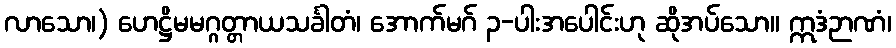
လာသော၊) ဟေဋ္ဌိမမဂ္ဂတ္တာယသင်္ခါတံ၊ အောက်မဂ် ၃-ပါးအပေါင်းဟု ဆိုအပ်သော။ ဣဒံဉာဏံ၊